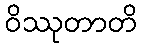
ဝိဿုတာတိ